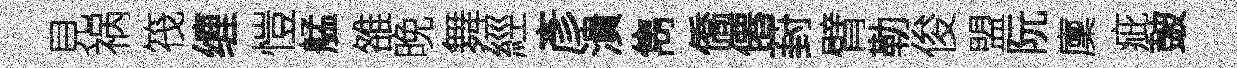
見祸筏缠愷艋雒晚舞經彥潰雋僑僊葑臂勒俊盟阮廩疵皷